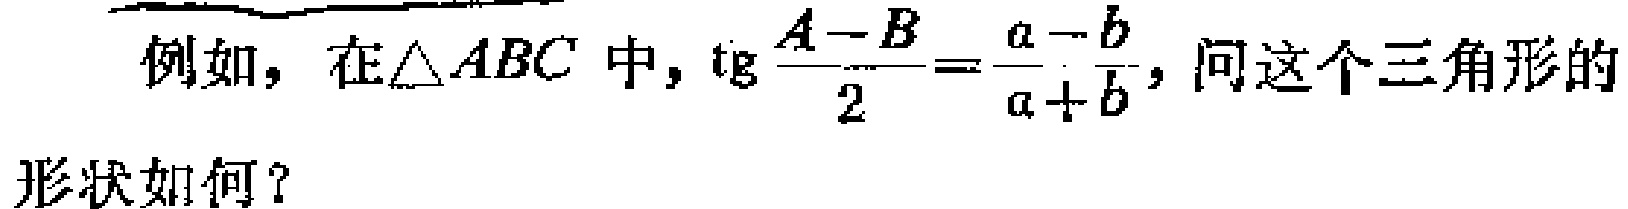
例如，在$\triangle ABC$ 中，$\mathrm{tg}\frac{A - B}{2}=\frac{a - b}{a + b}$，问这个三角形的形状如何？